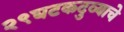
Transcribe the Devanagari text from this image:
२९घटकदुव्याचे